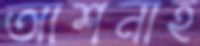
আশনাহ